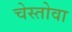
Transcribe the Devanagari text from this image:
चेस्तोवा